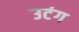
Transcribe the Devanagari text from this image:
उटंग